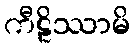
ကီဠိဿာမိ